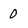
Character: 0